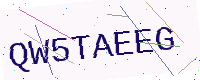
Text: QW5TAEEG